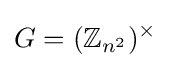
G=(\mathbb {Z} _{n^{2}})^{\times }